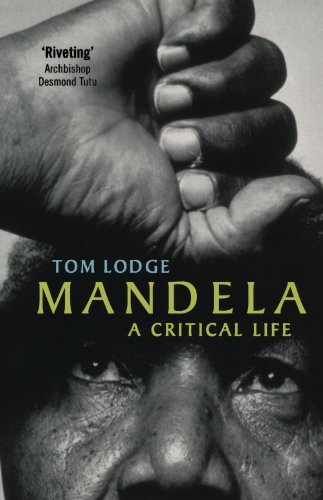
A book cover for Mandela: A Critical Life; Tom Lodge; History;